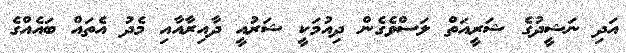
އަދި ނަޝީދުގެ ޝަރީއަތް ލަސްވެގެން ދިއުމަކީ ޝަރުއީ ދާއިރާއާއި މެދު އެތައް ބައެއްގެ